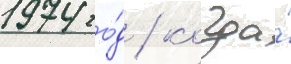
1974 го́д / когда́